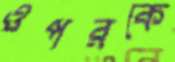
ওপরকে